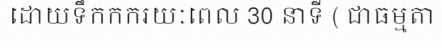
ដោយទឹកកករយៈពេល 30 នាទី ( ជាធម្មតា